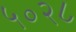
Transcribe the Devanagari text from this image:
५०२८